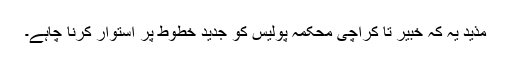
مذید یہ کہ خبیر تا کراچی محکمہ پولیس کو جدید خطوط پر استوار کرنا چاہے۔